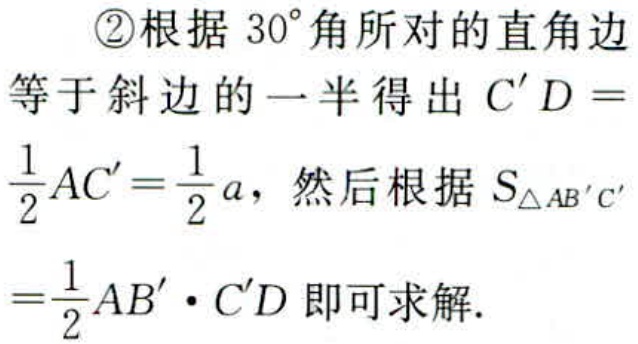
\textcircled{2}根据 \(30^{\circ}\) 角所对的直角边
等于斜边的一半得出 \(C^{\prime}D =
\frac{1}{2}AC^{\prime}=\frac{1}{2}a\)，然后根据 \(S_{\triangle AB^{\prime}C^{\prime}}
=\frac{1}{2}AB^{\prime}\cdot C^{\prime}D\) 即可求解.